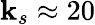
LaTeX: \mathbf{k}_{s}\approx20